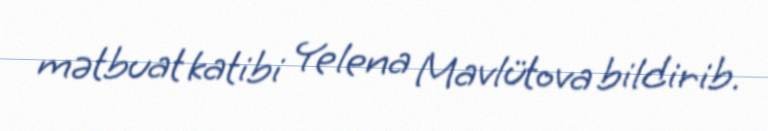
mətbuat katibi Yelena Mavlütova bildirib.